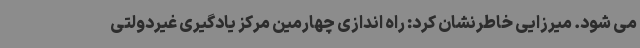
می شود. میرزایی خاطرنشان کرد: راه اندازی چهارمین مرکز یادگیری غیردولتی